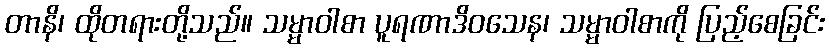
တာနိ၊ ထိုတရားတို့သည်။ သမ္မာဝါစာ ပူရဏာဒိဝသေန၊ သမ္မာဝါစာကို ပြည့်စေခြင်း